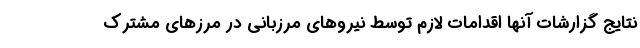
نتایج گزارشات آنها اقدامات لازم توسط نیروهای مرزبانی در مرزهای مشترک